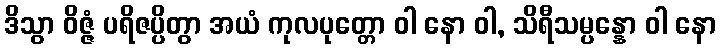
ဒိသွာ ဝိဇ္ဇံ ပရိဇပ္ပိတွာ အယံ ကုလပုတ္တော ဝါ နော ဝါ, သိရီသမ္ပန္နော ဝါ နော